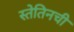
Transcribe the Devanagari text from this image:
स्तेतिनची